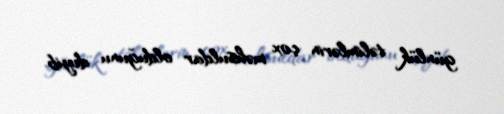
günlük təlimlərin çox məhsuldar olduğunu deyib.